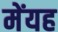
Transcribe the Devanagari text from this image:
मेंयह